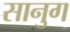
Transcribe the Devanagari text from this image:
सानुग